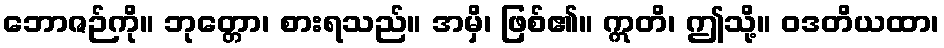
ဘောဇဉ်ကို။ ဘုတ္တော၊ စားရသည်။ အမှိ၊ ဖြစ်၏။ ဣတိ၊ ဤသို့။ ဝဒတိယထာ၊